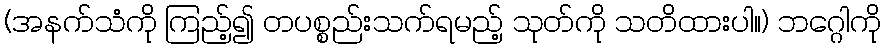
(အနက်သံကို ကြည့်၍ တပစ္စည်းသက်ရမည့် သုတ်ကို သတိထားပါ။) ဘဂ္ဂေါကို